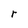
Character: r